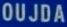
OUJDA